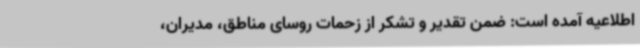
اطلاعیه‌ آمده است: ضمن تقدیر و تشکر از زحمات روسای مناطق، مدیران،